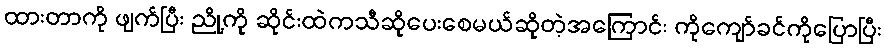
ထားတာကို ဖျက်ပြီး ညို့ကို ဆိုင်းထဲကသီဆိုပေးစေမယ်ဆိုတဲ့အကြောင်း ကိုကျော်ခင်ကိုပြောပြီး